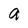
Character: a